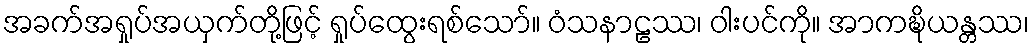
အခက်အရှုပ်အယှက်တို့ဖြင့် ရှုပ်ထွေးရစ်သော်။ ဝံသနာဠဿ၊ ဝါးပင်ကို။ အာကဍ္ဎိယန္တဿ၊